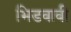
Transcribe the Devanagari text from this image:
भिडवावी